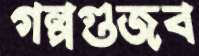
গল্পগুজব